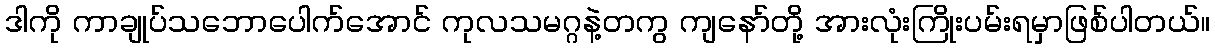
ဒါကို ကာချုပ်သဘောပေါက်အောင် ကုလသမဂ္ဂနဲ့တကွ ကျနော်တို့ အားလုံးကြိုးပမ်းရမှာဖြစ်ပါတယ်။